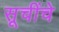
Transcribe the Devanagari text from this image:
सूचींचे